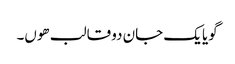
گویا یک جان دو قالب ھوں۔